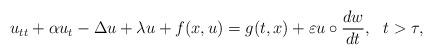
LaTeX: \begin{align*}u_{tt} + \alpha u_t -\Delta u + \lambda u+ f(x, u) = g(t, x) + \varepsilon u \circ {\frac {dw}{dt}},\ \ t >\tau,\end{align*}